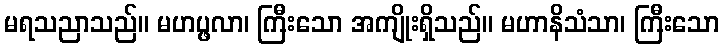
မရသညာသည်။ မဟပ္ဖလာ၊ ကြီးသော အကျိုးရှိသည်။ မဟာနိသံသာ၊ ကြီးသော